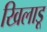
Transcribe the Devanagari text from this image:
खिलाडू